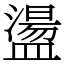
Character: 盪